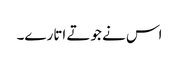
اس نے جوتے اتارے۔